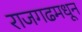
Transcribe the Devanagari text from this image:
राजगढमधून